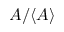
A / \langle A \rangle